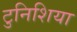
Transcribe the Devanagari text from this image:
टुनिशिया